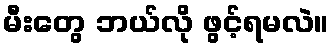
မီးတွေ ဘယ်လို ဖွင့်ရမလဲ။